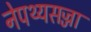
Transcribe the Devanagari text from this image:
नेपथ्यसज्जा